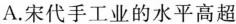
A.宋代手工业的水平高超